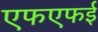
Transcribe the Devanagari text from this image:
एफएफई